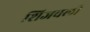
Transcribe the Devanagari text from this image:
शिजवली